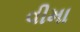
વીમા